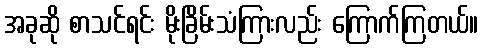
အခုဆို စာသင်ရင်း မိုးခြိမ်းသံကြားလည်း ကြောက်ကြတယ်။